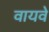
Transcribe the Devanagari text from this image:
वायवे